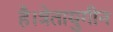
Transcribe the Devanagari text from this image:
है।त्रेतायुगीन